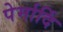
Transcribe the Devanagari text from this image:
पेर्मार्दि